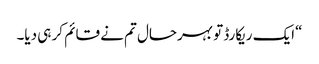
“ایک ریکارڈ تو بہرحال تم نے قائم کر ہی دیا۔